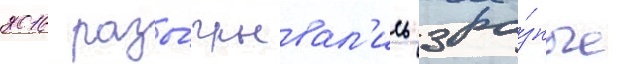
2016 разы́грывал'ись 3 ра́зные